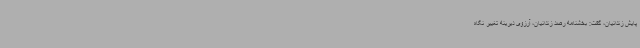
پایش زندانیان، گفت: بخشنامه رصد زندانیان، آرزوی دیرینه تغییر نگاه